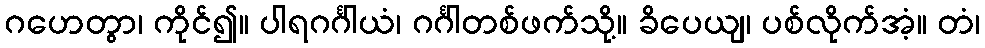
ဂဟေတွာ၊ ကိုင်၍။ ပါရဂင်္ဂါယံ၊ ဂင်္ဂါတစ်ဖက်သို့။ ခိပေယျ၊ ပစ်လိုက်အံ့။ တံ၊